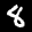
Label: 8